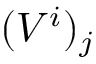
( V ^ { i } ) _ { j }